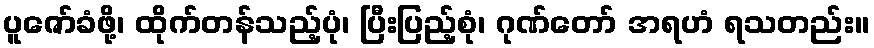
ပူဇော်ခံဖို့၊ ထိုက်တန်သည့်ပုံ၊ ပြီးပြည့်စုံ၊ ဂုဏ်တော် အရဟံ ရသတည်း။